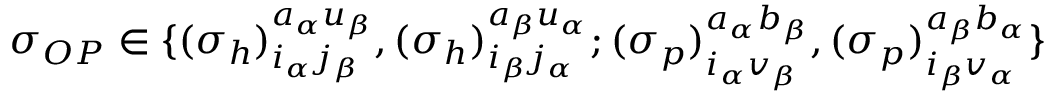
\begin{array} { r } { \sigma _ { O P } \in \{ { ( \sigma _ { h } ) } _ { i _ { \alpha } j _ { \beta } } ^ { a _ { \alpha } u _ { \beta } } , { ( \sigma _ { h } ) } _ { i _ { \beta } j _ { \alpha } } ^ { a _ { \beta } u _ { \alpha } } ; { ( \sigma _ { p } ) } _ { i _ { \alpha } v _ { \beta } } ^ { a _ { \alpha } b _ { \beta } } , { ( \sigma _ { p } ) } _ { i _ { \beta } v _ { \alpha } } ^ { a _ { \beta } b _ { \alpha } } \} } \end{array}